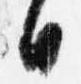
日